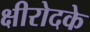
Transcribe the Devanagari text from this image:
क्षीरोदके